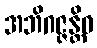
အဘိဂဇ္ဇန္တိဝ